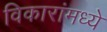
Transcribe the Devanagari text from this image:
विकारांमध्ये